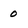
Character: o